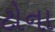
ટોના